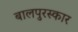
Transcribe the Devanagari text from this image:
बालपुरस्कार